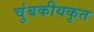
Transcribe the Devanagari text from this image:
चुंबकीयकृत